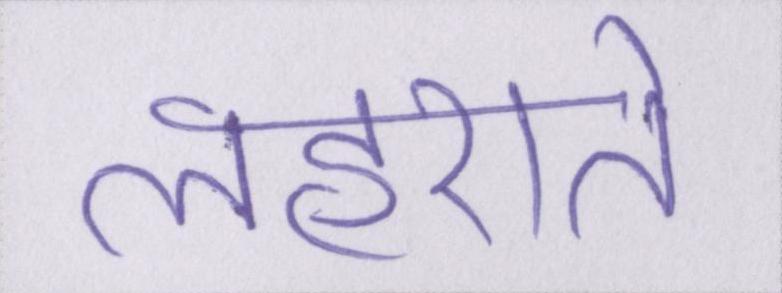
लहराते